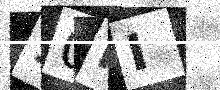
Text: 90HI